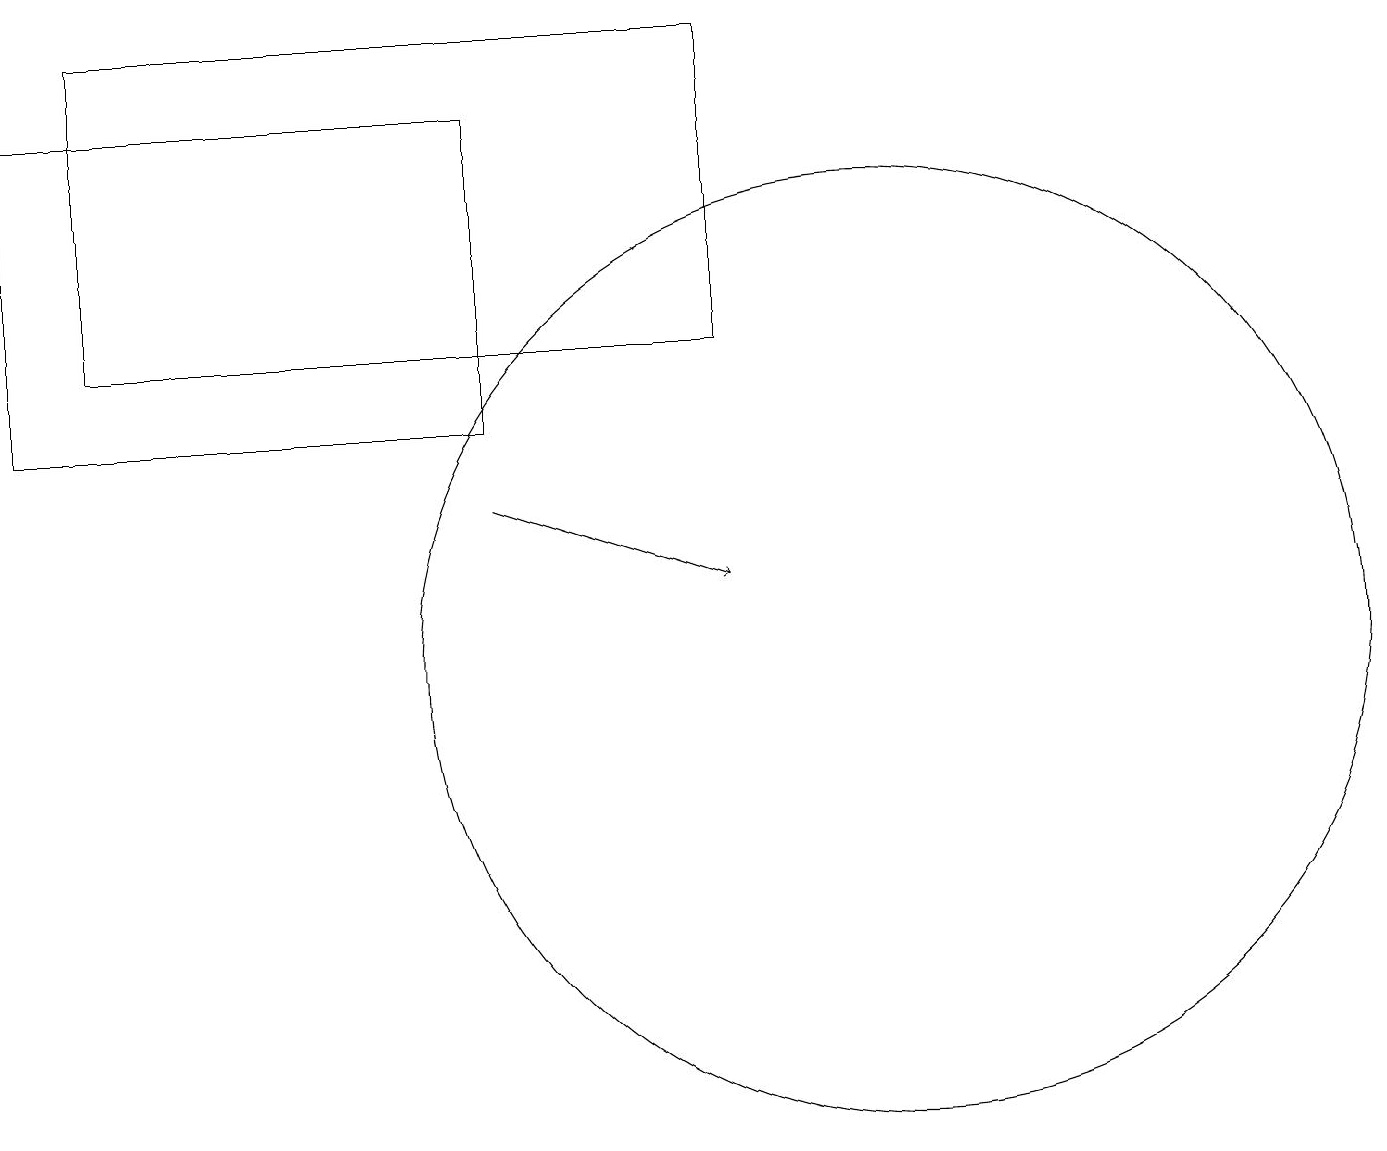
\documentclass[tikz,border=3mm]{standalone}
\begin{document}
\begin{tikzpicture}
\draw (1,18) rectangle (9,14);
\draw[->] (6,12) -- (9,11);
\draw (11,10) circle (6);
\draw (10,10) circle (0);
\draw (0,17) rectangle (6,13);
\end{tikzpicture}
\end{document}